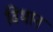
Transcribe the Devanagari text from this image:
विभान